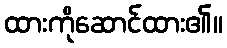
ထားကိုဆောင်ထား၏။